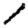
Digit: 1